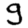
Digit: 9